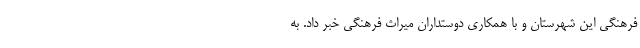
فرهنگی این شهرستان و با همکاری دوستداران میراث فرهنگی خبر داد. به